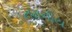
નમનીય